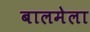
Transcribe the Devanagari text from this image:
बालमेला